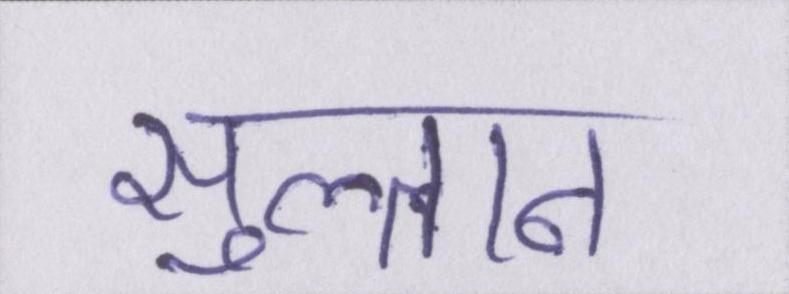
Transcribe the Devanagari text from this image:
सुल्तान